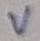
Text: V